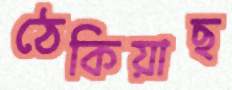
ঠেকিয়াছ